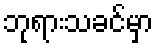
ဘုရားသခင်မှာ